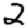
Digit: 2